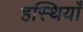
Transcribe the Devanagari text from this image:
हस्थियाँ